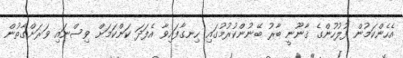
އެހެންކަމުން ފުލުހުންގެ ޤާނޫނީ ބާރު ބޭނުންކުރުމުގައި ހިނގާފައިވާ އެފަދަ ކަންކަމަށް ވިސްނައި ވަރަށްގާތުން